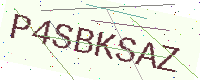
Text: P4SBKSAZ